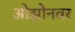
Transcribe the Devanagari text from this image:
ओझोनवर